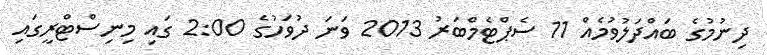
ދިނުމުގެ ބައްދަލުވުމެއް 11 ސެޕްޓެމްބަރު 2013 ވަނަ ދުވަހުގެ 2:00 ގައި މިނިސްޓްރީގައި